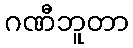
ဂဏီဘူတာ